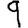
Digit: 9